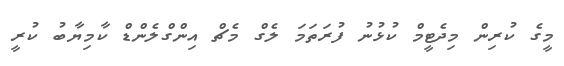
މީގެ ކުރިން މިދެޓީމް ކުޅުނު ފުރަތަމަ ލެގް މެޗް އިންގްލެންޑް ކާމިޔާބު ކުރީ